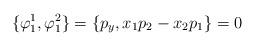
LaTeX: \begin{align*}\{\varphi_1^1,\varphi_1^2\}=\{p_y,x_1p_2-x_2p_1\}=0\end{align*}